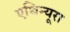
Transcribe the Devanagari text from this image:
एथिन्यूरा